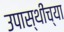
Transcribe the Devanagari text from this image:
उपास्थींच्या